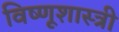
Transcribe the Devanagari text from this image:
विष्णूशास्त्री